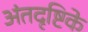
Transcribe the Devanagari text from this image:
अंतदृष्टिके